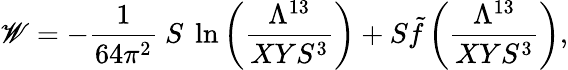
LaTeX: \mathscr{W}=-{\frac{{1}}{{64\pi^{2}}}}\ S\ \ln\left({\frac{{\Lambda^{13}}}{{XYS^{3}}}}\right)+S{\tilde{{f}}}\left({\frac{{\Lambda^{13}}}{{XYS^{3}}}}\right),